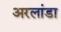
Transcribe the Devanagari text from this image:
अरलांडा